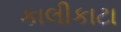
કાલીકાટા